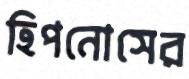
হিপনোসের